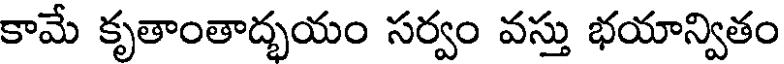
కామే కృతాంతాద్భయం సర్వం వస్తు భయాన్వితం